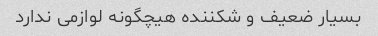
بسیار ضعیف و شکننده هیچگونه لوازمی ندارد